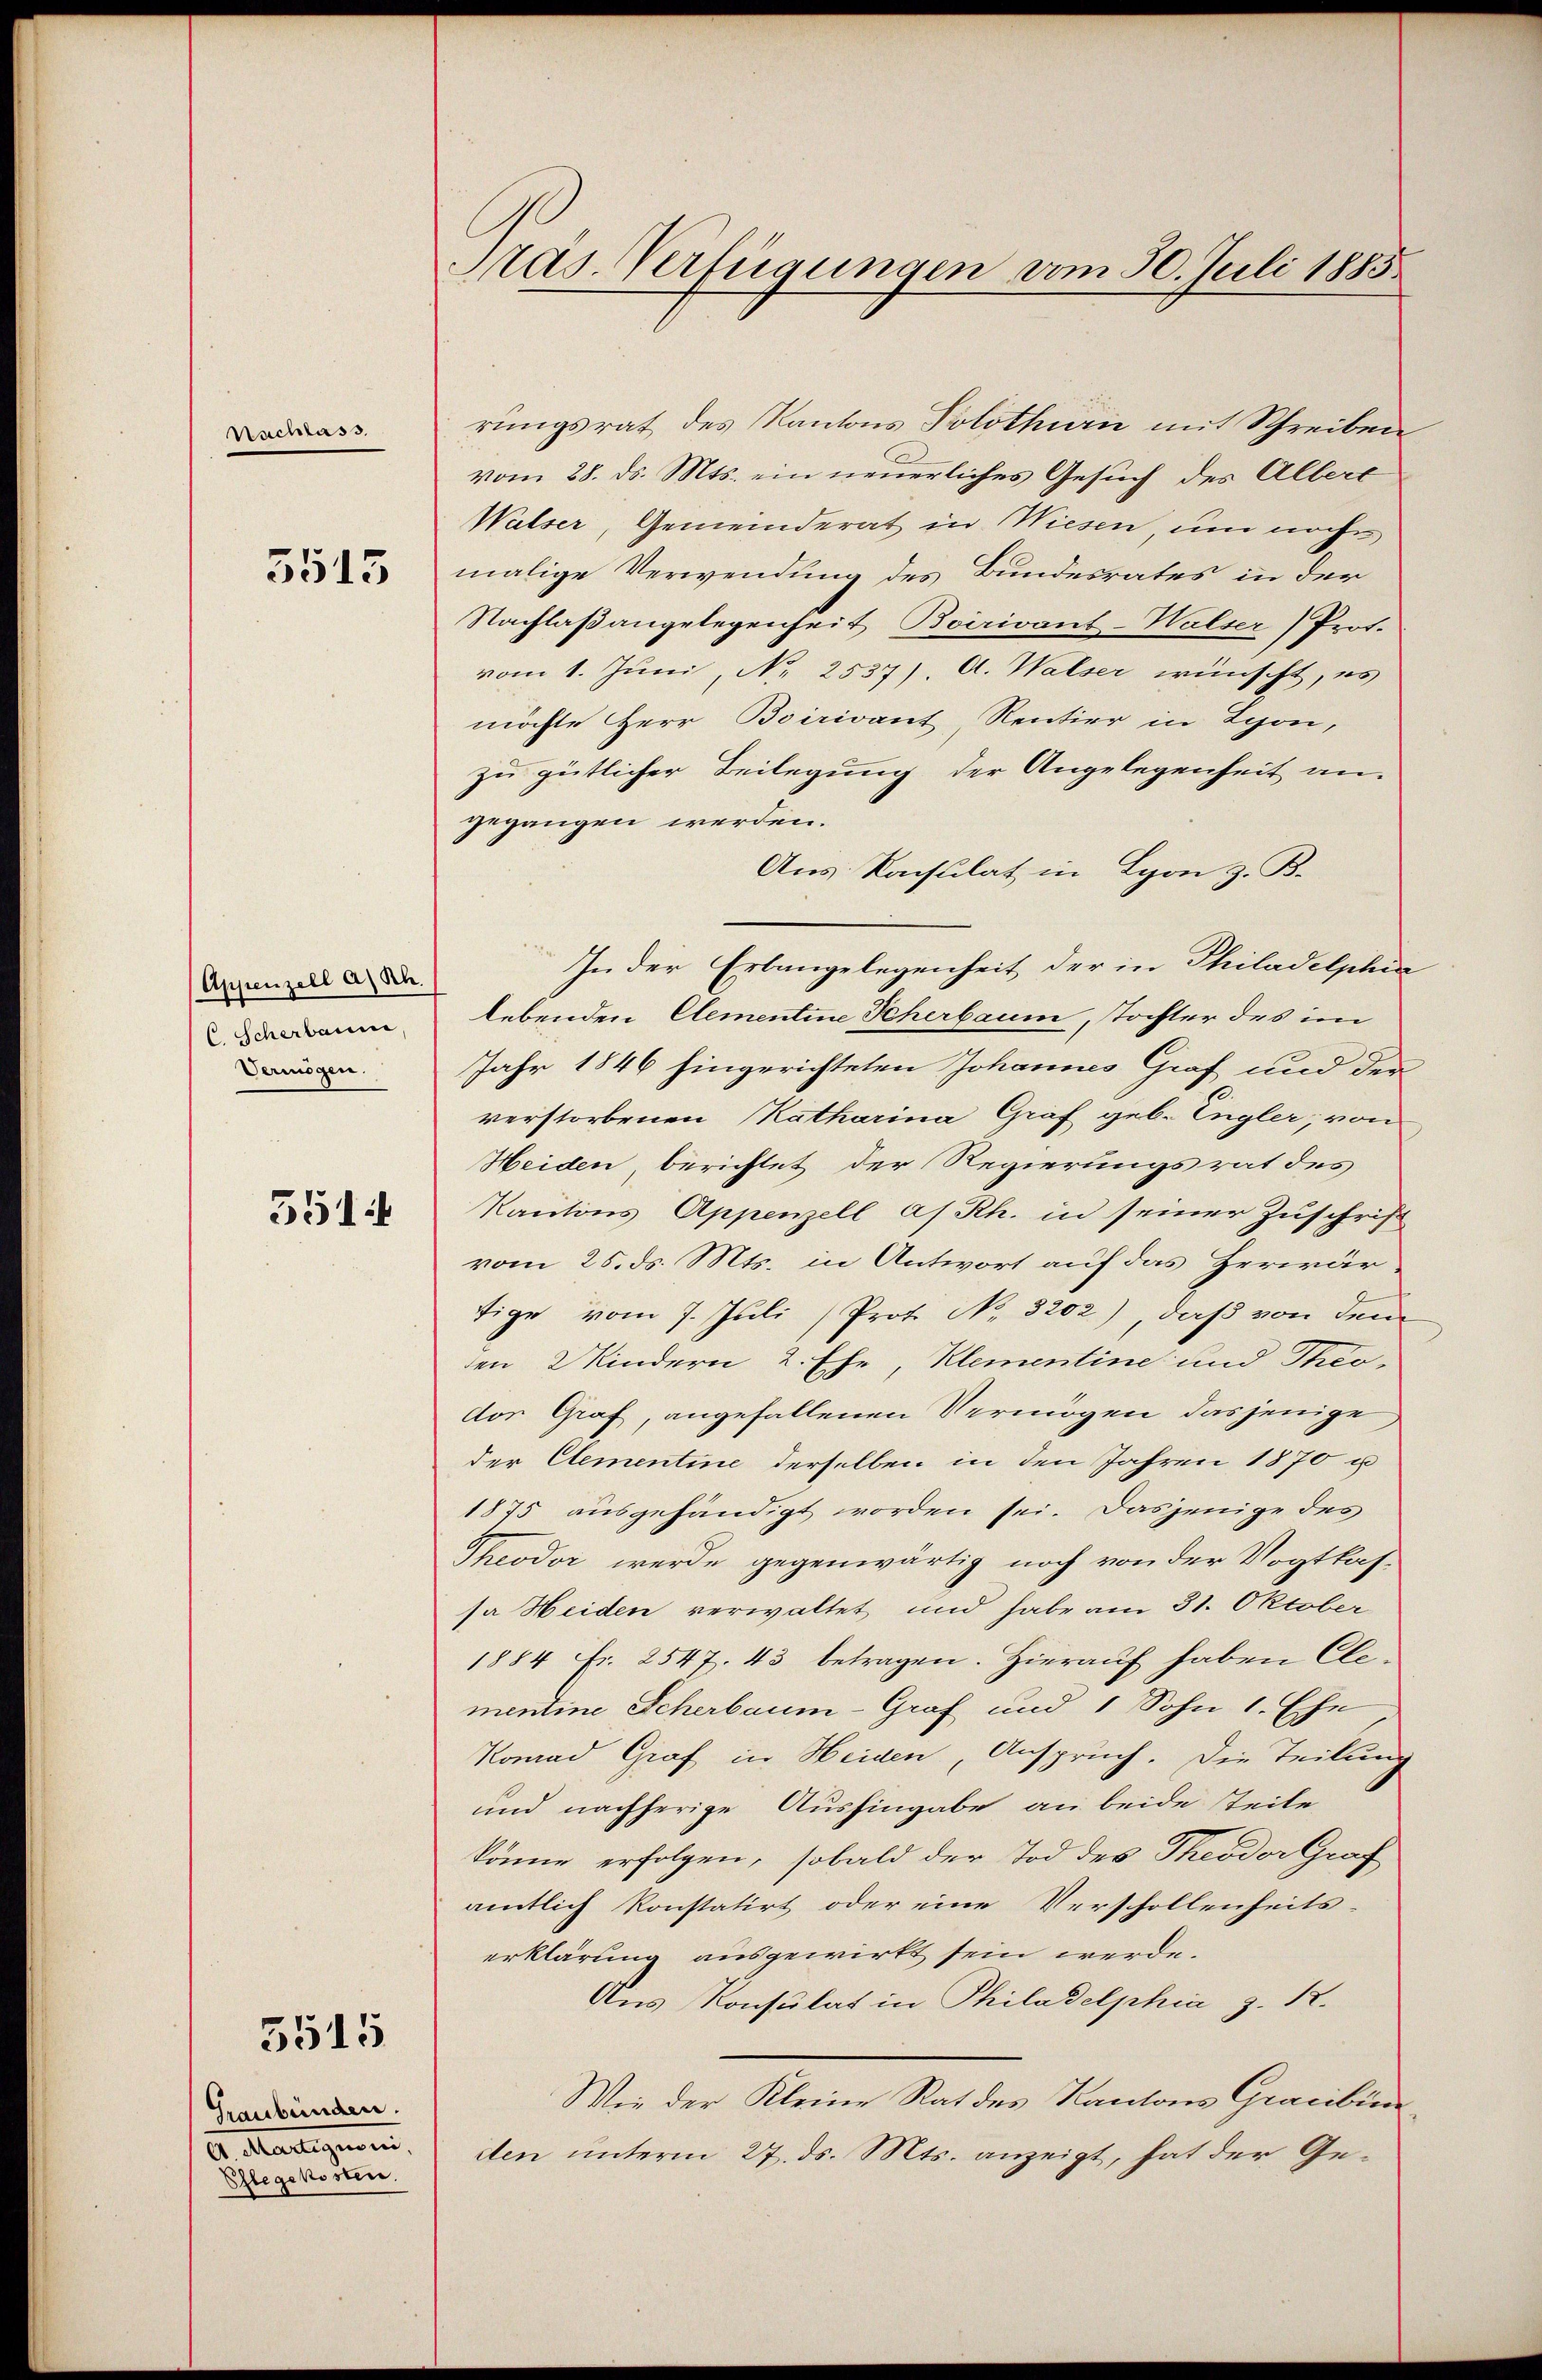
Nachlass

3513

(Appenzell a/Rh.
C Scherbaum
Vermögen.

551 f

Graubünden.
A. Martigenen,
Chlegekosten.

3515

rungsrat des Kantons Solothurn mit Schreiben
vom 28. ds. Mts. ein neuerliches Gesuch des Albere
Walser, Gemeinderat in Wiesen, um nach
malige Verwendung des Bundesrates in der
Nachlaßangelegenheit Boirivant-Walser Prot.
vom 1. Juni, No 2537). A. Walser wünscht, es
möchte Herr Boirivant, Rentier in Lyon,
zu gütlicher Beilegung der Angelegenheit an-
gegangen werden.
Aus: Konsulat in Lyon z. B.
In der Erlangelegenheit der in Philadelphin
lebenden Elementine Scherbaum, Tochter des im
Jahr 1846 hingerichteten Johannes Graf und der
verstorbenen Katharina Graf geb. Engler, von
Heiden berichtet der Regierungsrat des
Kantons Appenzell a/Rh. in seiner Zuschrift
vom 25. ds. Mts. in Antwort auf das Herwärtige vom 7. Juli (Prof. No. 3202), daß von dem
den Windern 2. Ehe, Klementine und Theo-
dor Graf, angefallenen Vermögen dasjenige
der Clementine derselben in den Jahren 1870 u
1875 ausgehändigt worden sei. Dasjenige des
Theodor werde gegenwärtig noch von der Vogtkassa Heiden verwaltet und habe am 31. Oktober
1884 Fr. 2547. 43 betragen. Hieraŭf haben Ele-
mentine Scherbaum-Graf und 1 Sohn 1. Ehe
Komad Graf in Heiden, Anspruch. Die Teilung
und nachherige Aushingabe an beide Teile
könne erfolgen, sobald der Tod des Theodor Graf
amtlich konstatirt oder eine Verschollenheits-
erklärung ausgewirkt sein werde.
Aus Konsulat in Philadelphia z. B.
Wie der Kleine Rat des Kantons Gracibin
den unterm 27. ds. Mts. anzeigt, hat der Ge¬

Präs. Verfügungen vom 30. Juli 1883